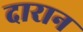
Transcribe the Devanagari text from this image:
दारान